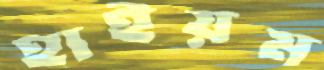
হাইয়ম